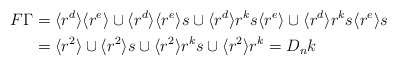
\begin{align*}F\Gamma & = \langle r^d\rangle \langle r^e\rangle \cup \langle r^d\rangle \langle r^e\rangle s \cup \langle r^d\rangle r^ks \langle r^e\rangle\cup \langle r^d\rangle r^ks \langle r^e\rangle s \\&= \langle r^2\rangle \cup \langle r^2\rangle s \cup \langle r^2\rangle r^ks \cup \langle r^2\rangle r^{k} = D_n k \end{align*}